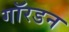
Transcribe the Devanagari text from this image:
गॉरडन